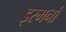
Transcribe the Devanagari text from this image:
इस्मर्ना